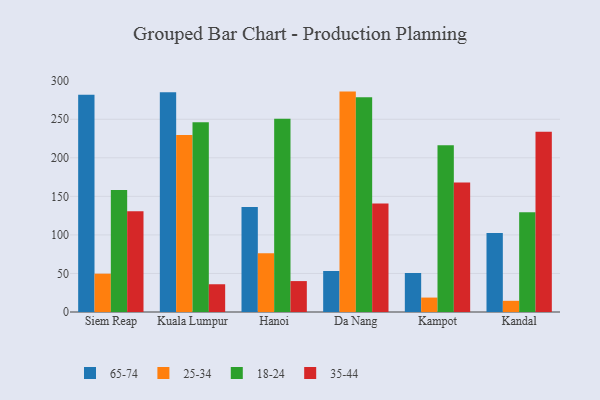
{"axis": {"x": "City", "y": "Customer Acquisition Cost (USD)"}, "legend": ["18-24", "25-34", "35-44", "65-74"], "data": [{"x": "Siem Reap", "y": 281.9, "type": "65-74"}, {"x": "Siem Reap", "y": 49.7, "type": "25-34"}, {"x": "Siem Reap", "y": 158.3, "type": "18-24"}, {"x": "Siem Reap", "y": 130.7, "type": "35-44"}, {"x": "Kuala Lumpur", "y": 285.2, "type": "65-74"}, {"x": "Kuala Lumpur", "y": 229.6, "type": "25-34"}, {"x": "Kuala Lumpur", "y": 246.3, "type": "18-24"}, {"x": "Kuala Lumpur", "y": 36.0, "type": "35-44"}, {"x": "Hanoi", "y": 136.3, "type": "65-74"}, {"x": "Hanoi", "y": 76.3, "type": "25-34"}, {"x": "Hanoi", "y": 250.6, "type": "18-24"}, {"x": "Hanoi", "y": 40.1, "type": "35-44"}, {"x": "Da Nang", "y": 53.2, "type": "65-74"}, {"x": "Da Nang", "y": 285.9, "type": "25-34"}, {"x": "Da Nang", "y": 278.5, "type": "18-24"}, {"x": "Da Nang", "y": 140.9, "type": "35-44"}, {"x": "Kampot", "y": 50.6, "type": "65-74"}, {"x": "Kampot", "y": 18.7, "type": "25-34"}, {"x": "Kampot", "y": 216.3, "type": "18-24"}, {"x": "Kampot", "y": 168.1, "type": "35-44"}, {"x": "Kandal", "y": 102.4, "type": "65-74"}, {"x": "Kandal", "y": 14.5, "type": "25-34"}, {"x": "Kandal", "y": 129.4, "type": "18-24"}, {"x": "Kandal", "y": 233.7, "type": "35-44"}]}